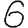
Digit: 6